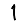
Digit: 1